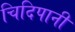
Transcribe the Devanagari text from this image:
चिदिपानी